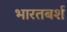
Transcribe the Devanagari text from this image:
भारतबर्श